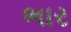
ભાર